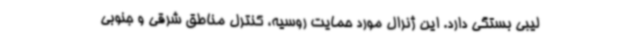
لیبی بستگی دارد. این ژنرال مورد حمایت روسیه، کنترل مناطق شرقی و جنوبی